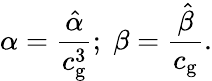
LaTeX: \alpha=\frac{\hat{\alpha}}{c_{\mathrm{g}}^{3}};\; \beta=\frac{\hat{\beta}}{c_{\mathrm{g}}}.